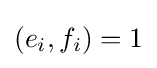
(e_{i},f_{i})=1